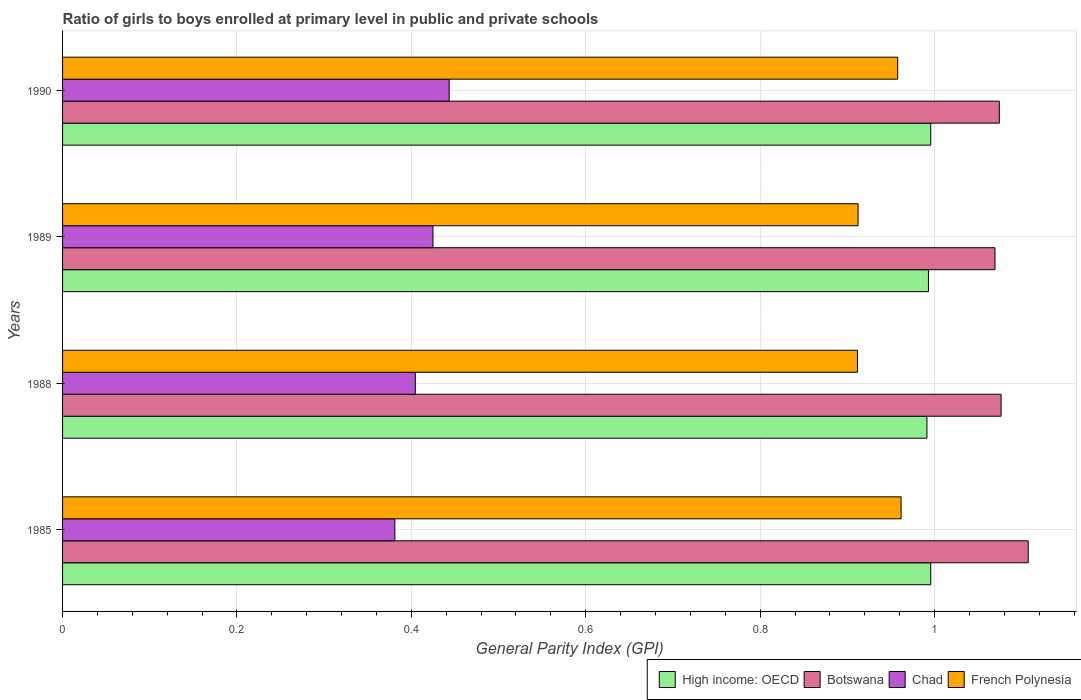
| Years | High income: OECD | Botswana | Chad | French Polynesia |
 | --- | --- | --- | --- | --- |
 | 1985 | 0.996 | 1.11 | 0.381 | 0.962 |
 | 1988 | 0.991 | 1.08 | 0.405 | 0.912 |
 | 1989 | 0.993 | 1.07 | 0.425 | 0.912 |
 | 1990 | 0.996 | 1.07 | 0.443 | 0.958 |